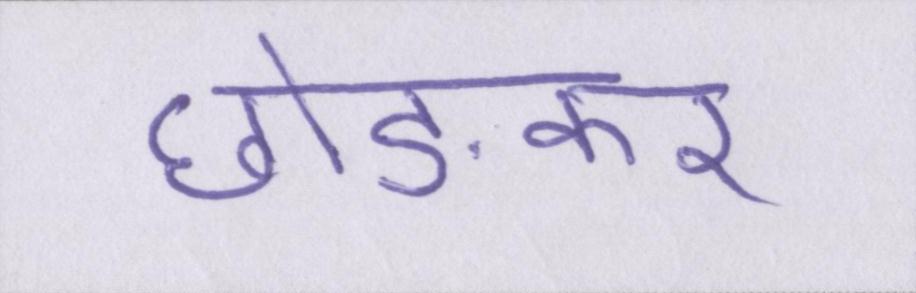
छोङकर